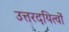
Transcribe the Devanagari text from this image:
उत्तरदयित्वों